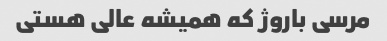
مرسی باروژ که همیشه عالی هستی